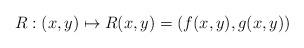
LaTeX: \begin{align*}R : (x,y) \mapsto R(x,y) = (f(x,y),g(x,y))\end{align*}